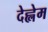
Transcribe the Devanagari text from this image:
देह्लेम